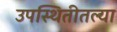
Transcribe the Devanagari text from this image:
उपस्थितीतल्या